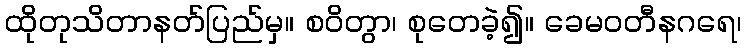
ထိုတုသိတာနတ်ပြည်မှ။ စဝိတွာ၊ စုတေခဲ့၍။ ခေမဝတီနဂရေ၊